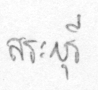
สระบุรี